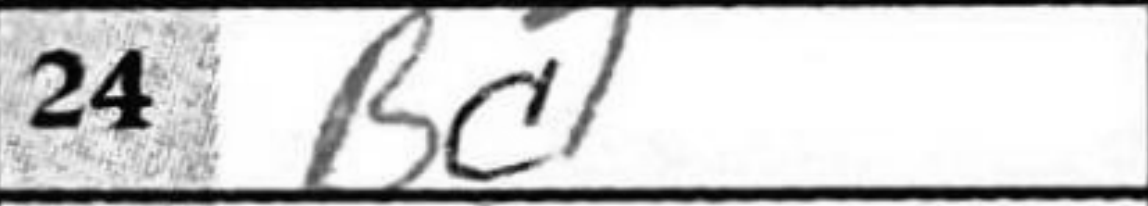
Transcription: Bc1